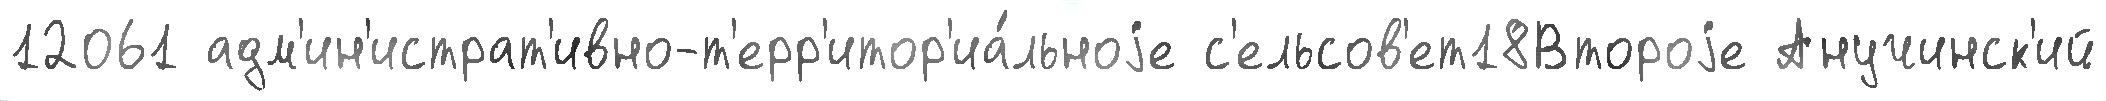
12061 адм'ин'истрат'ивно-т'ерр'итор'иа́льноjе с'ельсов'ет18Второjе Анучинск'ий